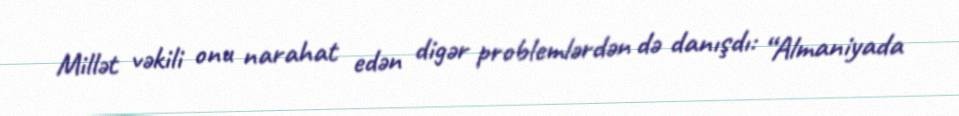
Millət vəkili onu narahat edən digər problemlərdən də danışdı: “Almaniyada